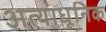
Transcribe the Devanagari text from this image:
अत्याधूनिक